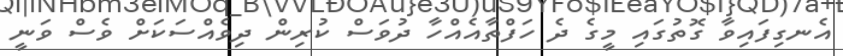
އެނގިފައިވާ ގޮތުގައި މީގެ ދެ ހަފްތާއެއްހާ ދުވަސް ކުރިން ދިވެއްސަކަށް ވެސް ވަނީ